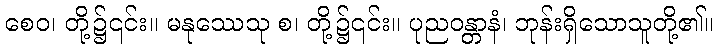
စေဝ၊ တို့၌၎င်း။ မနုဿေသု စ၊ တို့၌၎င်း။ ပုညဝန္တာနံ၊ ဘုန်းရှိသောသူတို့၏။